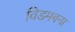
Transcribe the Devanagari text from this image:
विडमबना